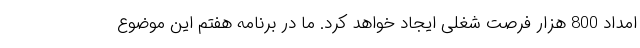
امداد 800 هزار فرصت شغلی ایجاد خواهد کرد. ما در برنامه هفتم این موضوع